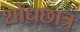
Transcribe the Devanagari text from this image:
शोधछात्र